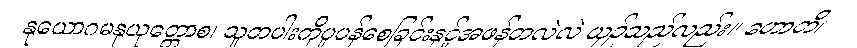
နုယောဂမနုယုတ္တောစ၊ သူတပါးကိုပူပန်စေခြင်းနှင့်အဖန်တလဲလဲ ယှဉ်သည်လည်း။ ဟောတိ၊